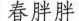
春胖胖